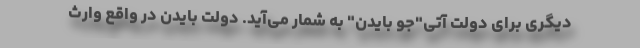
دیگری برای دولت آتی"جو بایدن" به شمار می‌آید. دولت بایدن در واقع وارث